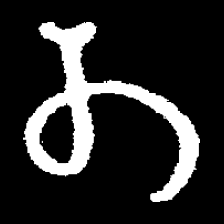
Pyu character \u2014 Myanmar letter: တ (romanized: ta)